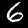
Digit: 6